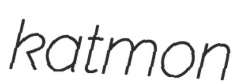
katmon